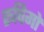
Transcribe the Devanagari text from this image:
रूपिमों